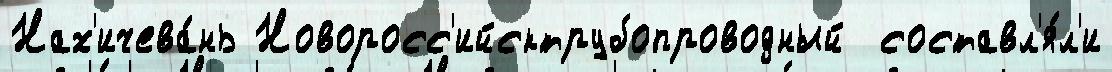
Нах'ичева́нь Новоросс'ийсктрубопроводный  составл'я́л'и